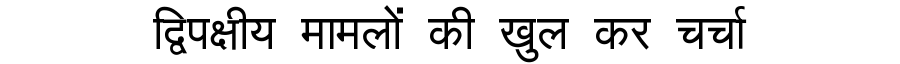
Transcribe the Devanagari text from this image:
द्विपक्षीय मामलों की खुल कर चर्चा